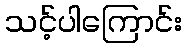
သင့်ပါကြောင်း